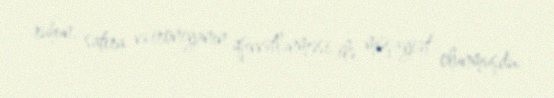
ruhun, satira və ironiyanın qüvvətlənməsi ilə müşayiət olunmuşdu.